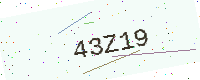
Text: 43Z19